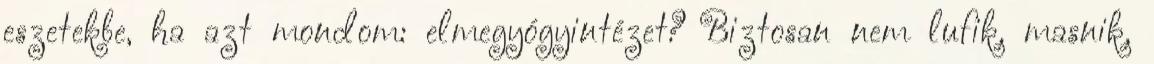
eszetekbe, ha azt mondom: elmegyógyintézet? Biztosan nem lufik, masnik,